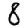
Digit: 8